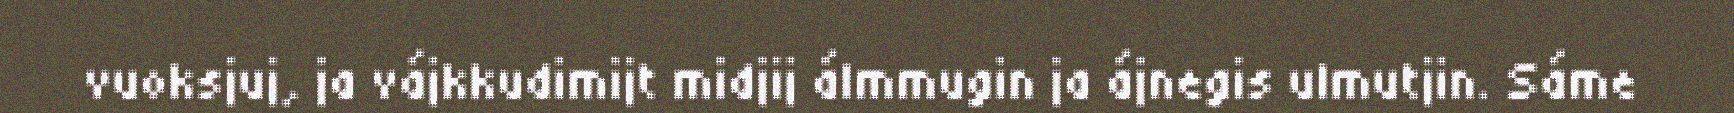
vuoksjuj, ja vájkkudimijt midjij álmmugin ja ájnegis ulmutjin. Sáme